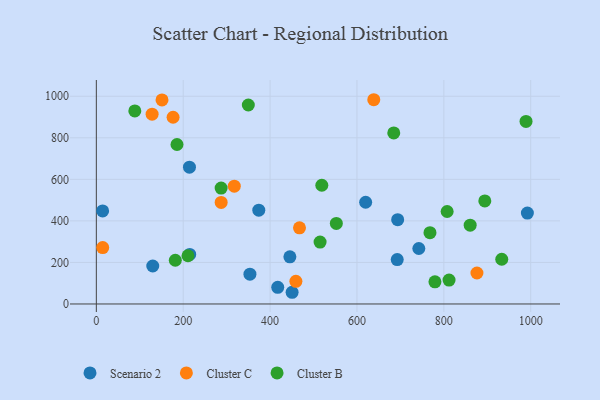
{"axis": {"x": "Study Hours", "y": "Demand"}, "legend": ["Cluster B", "Cluster C", "Scenario 2"], "data": [{"x": "417.6", "y": 80.3, "type": "Scenario 2"}, {"x": "129.9", "y": 182.8, "type": "Scenario 2"}, {"x": "693.7", "y": 405.9, "type": "Scenario 2"}, {"x": "353.6", "y": 143.5, "type": "Scenario 2"}, {"x": "620.0", "y": 489.7, "type": "Scenario 2"}, {"x": "742.4", "y": 267.1, "type": "Scenario 2"}, {"x": "450.7", "y": 56.3, "type": "Scenario 2"}, {"x": "992.3", "y": 437.4, "type": "Scenario 2"}, {"x": "14.5", "y": 447.9, "type": "Scenario 2"}, {"x": "445.6", "y": 227.1, "type": "Scenario 2"}, {"x": "374.0", "y": 451.8, "type": "Scenario 2"}, {"x": "214.4", "y": 658.6, "type": "Scenario 2"}, {"x": "692.7", "y": 213.9, "type": "Scenario 2"}, {"x": "215.0", "y": 238.7, "type": "Scenario 2"}, {"x": "317.6", "y": 567.1, "type": "Cluster C"}, {"x": "467.7", "y": 366.5, "type": "Cluster C"}, {"x": "176.7", "y": 898.9, "type": "Cluster C"}, {"x": "287.4", "y": 489.1, "type": "Cluster C"}, {"x": "876.2", "y": 149.2, "type": "Cluster C"}, {"x": "459.4", "y": 108.9, "type": "Cluster C"}, {"x": "128.4", "y": 913.8, "type": "Cluster C"}, {"x": "151.2", "y": 982.2, "type": "Cluster C"}, {"x": "638.7", "y": 983.4, "type": "Cluster C"}, {"x": "14.7", "y": 271.4, "type": "Cluster C"}, {"x": "211.0", "y": 232.1, "type": "Cluster B"}, {"x": "989.2", "y": 878.7, "type": "Cluster B"}, {"x": "181.8", "y": 210.5, "type": "Cluster B"}, {"x": "933.3", "y": 215.3, "type": "Cluster B"}, {"x": "779.5", "y": 106.8, "type": "Cluster B"}, {"x": "515.1", "y": 297.8, "type": "Cluster B"}, {"x": "684.7", "y": 823.6, "type": "Cluster B"}, {"x": "287.3", "y": 557.8, "type": "Cluster B"}, {"x": "519.1", "y": 571.7, "type": "Cluster B"}, {"x": "807.6", "y": 445.1, "type": "Cluster B"}, {"x": "768.1", "y": 343.3, "type": "Cluster B"}, {"x": "894.3", "y": 495.9, "type": "Cluster B"}, {"x": "860.6", "y": 379.6, "type": "Cluster B"}, {"x": "349.9", "y": 958.1, "type": "Cluster B"}, {"x": "552.5", "y": 387.7, "type": "Cluster B"}, {"x": "185.7", "y": 767.9, "type": "Cluster B"}, {"x": "812.0", "y": 115.1, "type": "Cluster B"}, {"x": "88.6", "y": 929.4, "type": "Cluster B"}]}